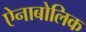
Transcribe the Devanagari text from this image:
ऐनाबोलिक